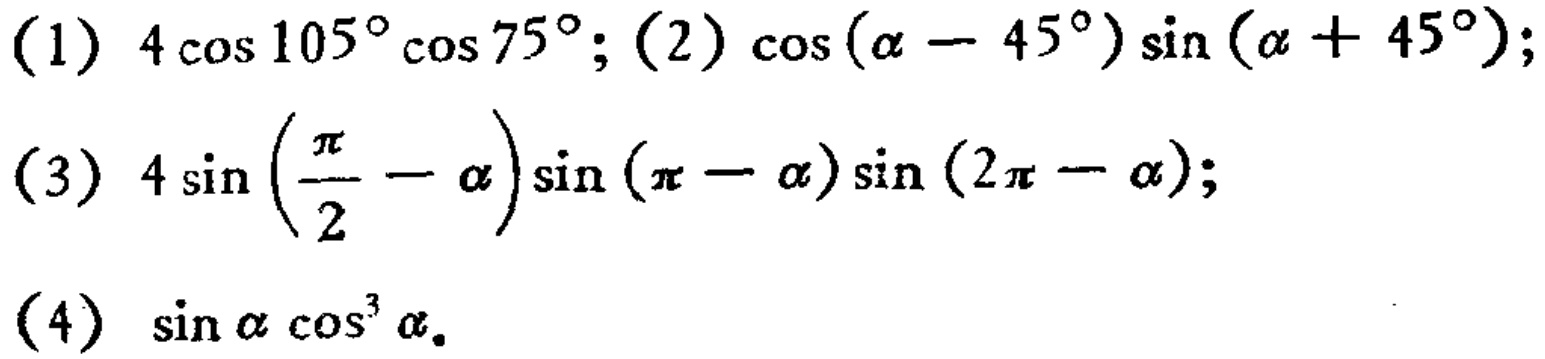
(1) \(4\cos105^{\circ}\cos75^{\circ}\); (2) \(\cos(\alpha - 45^{\circ})\sin(\alpha + 45^{\circ})\);

(3) \(4\sin\left(\frac{\pi}{2}-\alpha\right)\sin(\pi - \alpha)\sin(2\pi - \alpha)\);

(4) \(\sin\alpha\cos^{3}\alpha\)